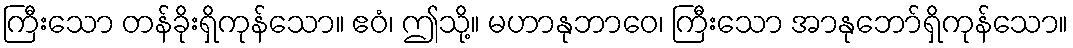
ကြီးသော တန်ခိုးရှိကုန်သော။ ဧဝံ၊ ဤသို့။ မဟာနုဘာဝေ၊ ကြီးသော အာနုဘော်ရှိကုန်သော။